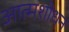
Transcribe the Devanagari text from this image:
आत्मशोधन